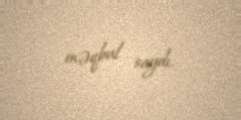
məqbul saydı.